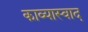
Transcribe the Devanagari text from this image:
काव्यास्वाद